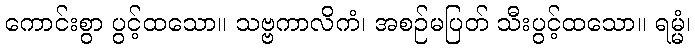
ကောင်းစွာ ပွင့်ထသော။ သဗ္ဗကာလိကံ၊ အစဉ်မပြတ် သီးပွင့်ထသော။ ရမ္မံ၊